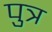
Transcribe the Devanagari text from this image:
पुत्र